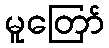
မူတြော်